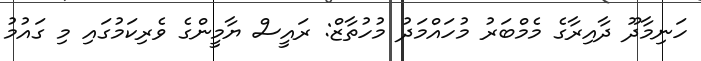
ހަނިމާދޫ ދާއިރާގެ މެމްބަރު މުހައްމަދު މުހުތާޒް: ރައީސް ޔާމީންގެ ވެރިކަމުގައި މި ގައުމު